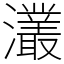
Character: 灇